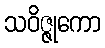
သဝိဇ္ဇုကော